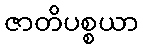
ဇာတိပစ္စယာ